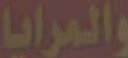
والمرايا